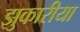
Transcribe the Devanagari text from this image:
झुकारीया